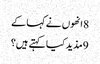
8 انھوں نے کہا کے
9 مذید کیا کہتے ہیں؟